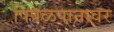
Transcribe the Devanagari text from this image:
पिंपळपानावर